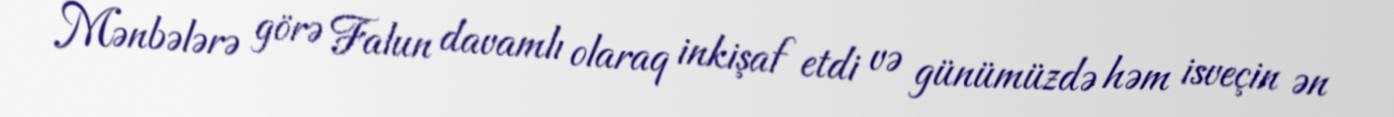
Mənbələrə görə Falun davamlı olaraq inkişaf etdi və günümüzdə həm isveçin ən